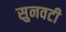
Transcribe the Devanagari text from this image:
सुनवटी